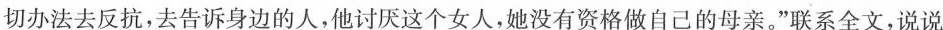
切办法去反抗，去告诉身边的人，他讨厌这个女人，她没有资格做自己的母亲。”联系全文，说说